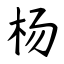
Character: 杨